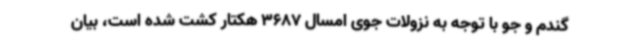
گندم و جو با توجه به نزولات جوی امسال 3687 هکتار کشت شده است، بیان